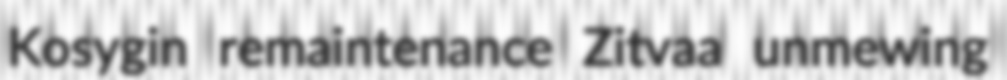
Kosygin remaintenance Zitvaa unmewing